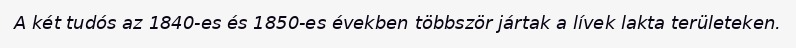
A két tudós az 1840-es és 1850-es években többször jártak a lívek lakta területeken.